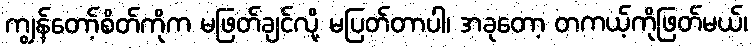
ကျွန်တော့်စိတ်ကိုက မဖြတ်ချင်လို့ မပြတ်တာပါ၊ အခုတော့ တကယ့်ကိုဖြတ်မယ်၊